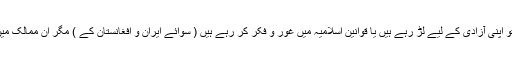
قریباً قریباً تمام ممالک میں اس وقت مسلمان یا تو اپنی آزادی کے لیے لڑ رہے ہیں یا قوانین اسلامیہ میں غور و فکر کر رہے ہیں ( سوائے ایران و افغانستان کے ) مگر ان ممالک میں بھی امروز و فردا یہ سوال پیدا ہونے والا ہے۔